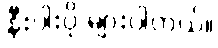
နီးပါးပို များပါတယ်။